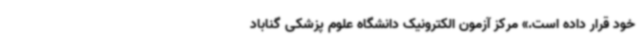
خود قرار داده است.» مرکز آزمون الکترونیک دانشگاه علوم پزشکی گناباد